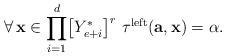
LaTeX: \begin{align*}\forall\,\mathbf{x}\in\displaystyle{\prod_{i=1}^{d}}\big{[}Y_{e+i}^{*}\big{]}^{r}\,\,\tau^{\mathrm{left}}(\mathbf{a},\mathbf{x})=\alpha.\end{align*}